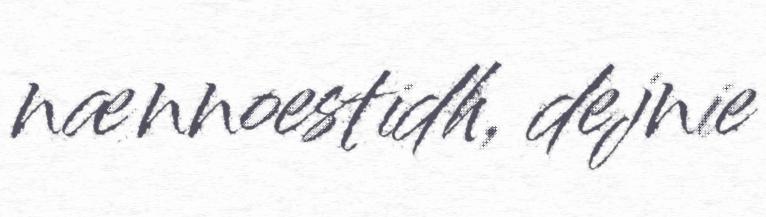
nænnoestidh, dejnie